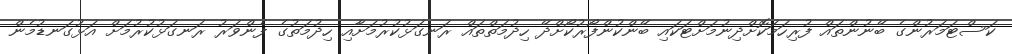
ކަސްޓަމަރުންގެ ބޭނުންތައް ފުރިހަމަކޮށްދިނުމަށްޓަކައި ބޭންކުންފޯރުކޯށްދޭ ހިދުމަތްތައް ރަނގަޅުކުރުމަށާއި ހިދުމަތުގެ ފެންވަރު ރަނގަޅުކުރުމަށް އަޅުގަނޑުމެން